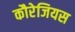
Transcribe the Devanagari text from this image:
कौरेजियस